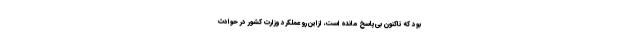
بود که تا‌کنون بی‌پاسخ مانده است، از‌این‌رو عملکرد وزارت کشور در حوادث